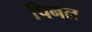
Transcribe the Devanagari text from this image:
पिनल